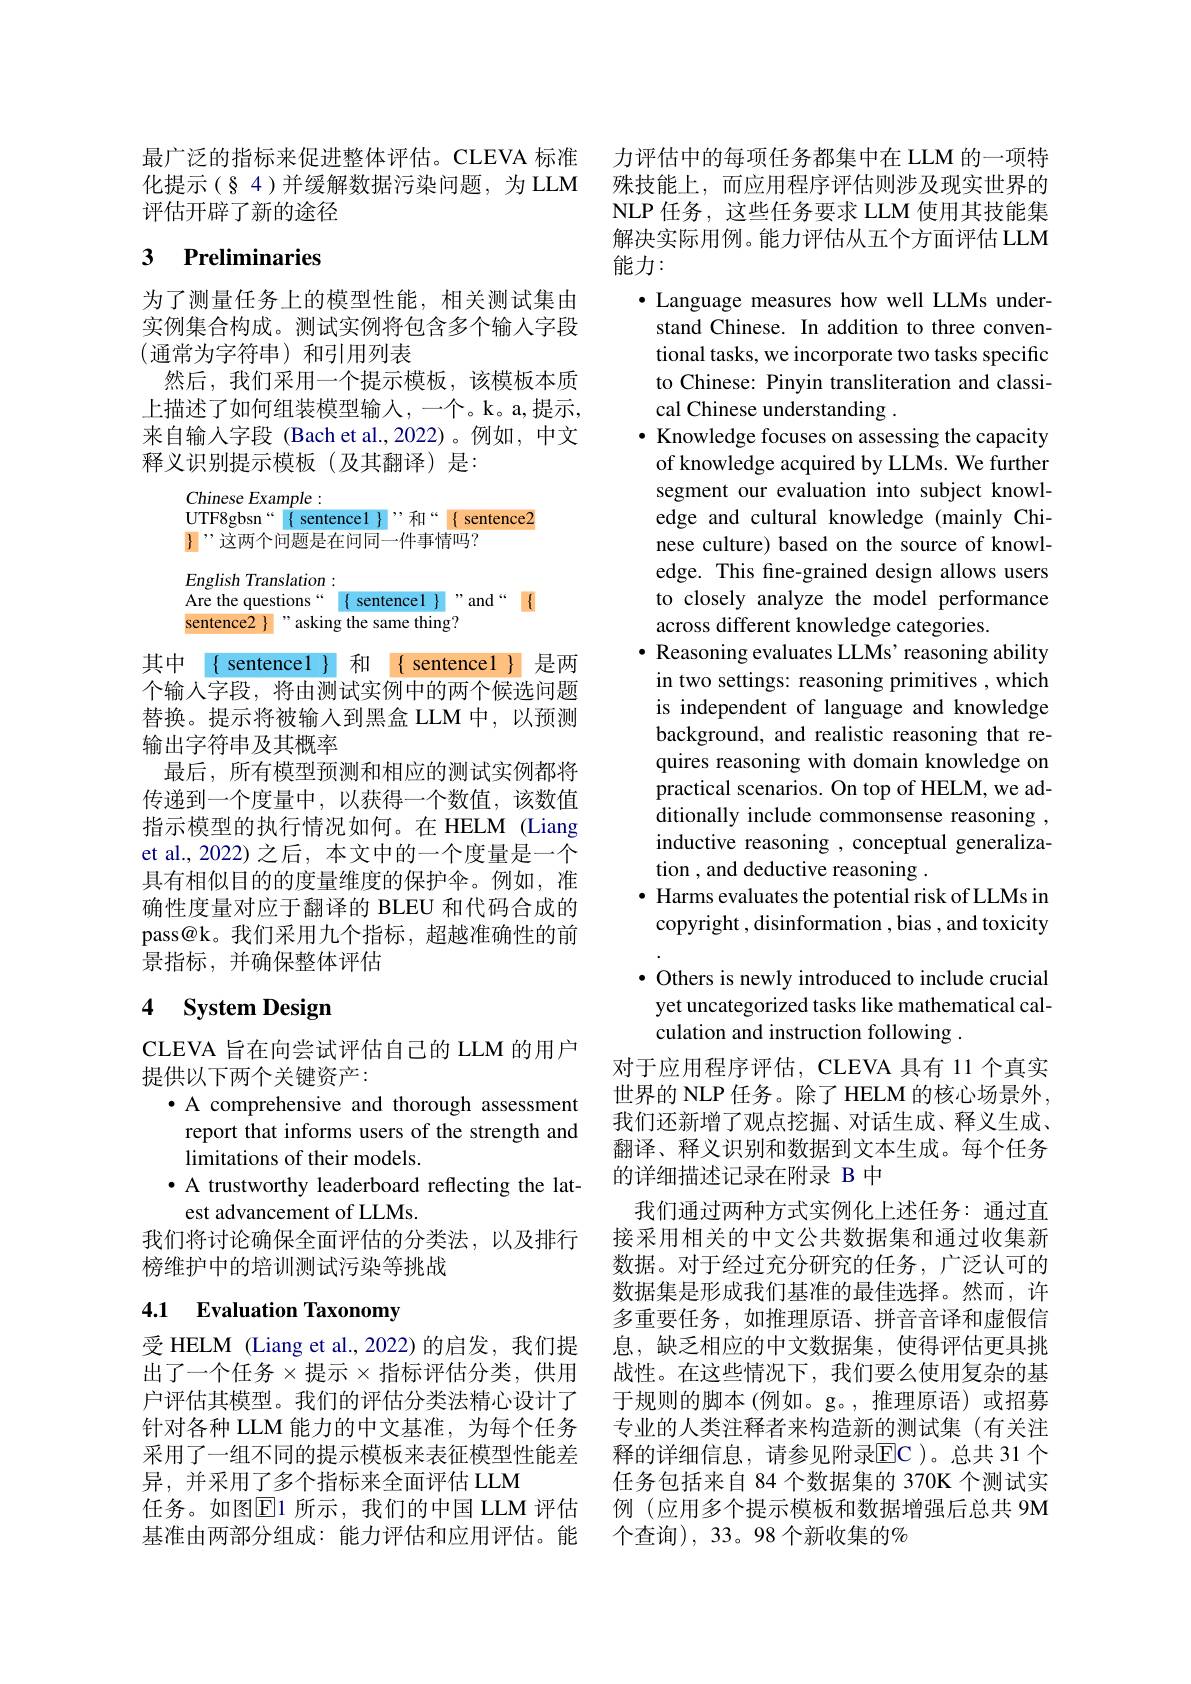
最广泛的指标来促进整体评估。CLEVA 标准化提示(§ 4 )并缓解数据污染问题，为 LLM 评估开辟了新的途径

# 3 Preliminaries

为了测量任务上的模型性能，相关测试集由实例集合构成。测试实例将包含多个输入字段(通常为字符串)和引用列表
然后，我们采用一个提示模板，该模板本质上描述了如何组装模型输入，一个。k。a,提示， 来自输入字段 (Bach et al.,2022)。例如，中文释义识别提示模板(及其翻译)是：

Chinese Example :
UTF8gbsn“ $\{$ sentence1 $\}$”和“ { sentence2
${\text{]”这两个问题是在问同一件事情吗？}}$
English Translation:
Are the questions“ $\{$ sentence1 $\}$”and“ $\{$
sentence2 $\}$ " asking the same thing?
其中 { sentencel }和 { sentence1 } 是两个输入字段，将由测试实例中的两个候选问题替换。提示将被输人到黑盒 LLM 中，以预测输出字符串及其概率
最后，所有模型预测和相应的测试实例都将传递到一个度量中，以获得一个数值，该数值指示模型的执行情况如何。在 HELM (Liang et al., 2022) 之后，本文中的一个度量是一个具有相似目的的度量维度的保护伞。例如，准确性度量对应于翻译的 BLEU 和代码合成的pass@k。我们采用九个指标，超越准确性的前景指标，并确保整体评估

## 4 System Design

CLEVA 旨在向尝试评估自己的 LLM 的用户
提供以下两个关键资产：
$\bullet$ A comprehensive and thorough assessment report that informs users of the strength and limitations of their models.
· A trustworthy leaderboard reflecting the lat-
est advancement of LLMs.
我们将讨论确保全面评估的分类法，以及排行
榜维护中的培训测试污染等挑战

## 4.1 Evaluation Taxonomy

受 HELM (Liang et al.,2022)的启发，我们提出了一个任务$\times$提示$\times$指标评估分类，供用户评估其模型。我们的评估分类法精心设计了针对各种 LLM 能力的中文基准，为每个任务采用了一组不同的提示模板来表征模型性能差异，并采用了多个指标来全面评估 LLM
任务。如图$\boxed{\mathrm{E}}1$ 所示，我们的中国 LLM 评估基准由两部分组成：能力评估和应用评估。能

力评估中的每项任务都集中在 LLM 的一项特殊技能上，而应用程序评估则涉及现实世界的NLP 任务，这些任务要求 LLM 使用其技能集解决实际用例。能力评估从五个方面评估 LLM 能力：

$\bullet$ Language measures how well LLMs understand Chinese. In addition to three conventional tasks, we incorporate two tasks specific to Chinese: Pinyin transliteration and classical Chinese understanding .
$\bullet$ Knowledge focuses on assessing the capacity of knowledge acquired by LLMs. We further segment our evaluation into subject knowledge and cultural knowledge (mainly Chinese culture) based on the source of knowledge. This fine-grained design allows users to closely analyze the model performance across different knowledge categories.
$\bullet$ Reasoning evaluates LLMs' reasoning ability in two settings: reasoning primitives , which is independent of language and knowledge background, and realistic reasoning that requires reasoning with domain knowledge on practical scenarios. On top of HELM, we additionally include commonsense reasoning , inductive reasoning , conceptual generalization , and deductive reasoning .
$\bullet$ Harms evaluates the potential risk of LLMs in copyright , disinformation , bias , and toxicity $\bullet$ Others is newly introduced to include crucial yet uncategorized tasks like mathematical calculation and instruction following .
对于应用程序评估，CLEVA 具有 11 个真实世界的 NLP 任务。除了 HELM 的核心场景外， 我们还新增了观点挖掘、对话生成、释义生成、 翻译、释义识别和数据到文本生成。每个任务的详细描述记录在附录 B 中
我们通过两种方式实例化上述任务：通过直接采用相关的中文公共数据集和通过收集新数据。对于经过充分研究的任务，广泛认可的数据集是形成我们基准的最佳选择。然而，许多重要任务，如推理原语、拼音音译和虚假信息，缺乏相应的中文数据集，使得评估更具挑战性。在这些情况下，我们要么使用复杂的基于规则的脚本(例如。g。,推理原语)或招募专业的人类注释者来构造新的测试集(有关注释的详细信息，请参见附录$\overline{\mathrm{EC}}$)。总共 31 个任务包括来自 84 个数据集的 370K 个测试实例 (应用多个提示模板和数据增强后总共 9M 个查询), 33。98 个新收集的$\%$